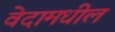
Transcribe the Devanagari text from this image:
वेदामधील